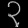
Digit: ၃